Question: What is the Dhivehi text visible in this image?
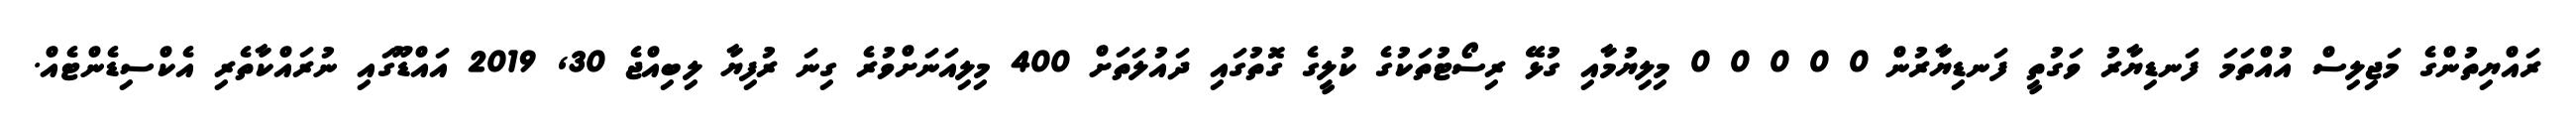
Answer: ރައްޔިތުންގެ މަޖިލިސް އުއްތަމަ ފަނޑިޔާރު ވަގުތީ ފަނޑިޔާރުން 0 0 0 0 0 މިލިޔުމާއި ގުޅޭ ރިސޯޓުތަކުގެ ކުލީގެ ގޮތުގައި ދައުލަތަށް 400 މިލިއަނަށްވުރެ ގިނަ ރުފިޔާ ލިބިއްޖެ 30, 2019 އައްޑޫގައި ނުރައްކާތެރި އެކްސިޑެންޓެއް.